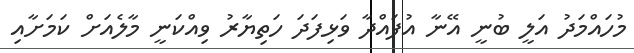
މުހައްމަދު އަލީ ބުނީ އޭނާ އުފައްދާ ވަޅިފަދަ ހަތިޔާރު ވިއްކަނީ މާލެއަަށް ކަމަށާއި